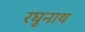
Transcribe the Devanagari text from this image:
रघुनाथ